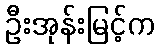
ဦးအုန်းမြင့်က